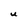
Character: U